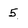
Character: 5